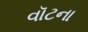
વૉટના